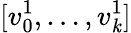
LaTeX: [v_{0}^{1},\ldots,v_{\mathit{k}}^{1}]